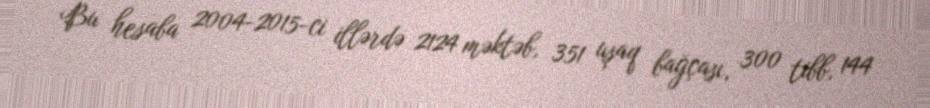
Bu hesaba 2004-2015-ci illərdə 2124 məktəb, 351 uşaq bağçası, 300 tibb, 144